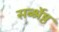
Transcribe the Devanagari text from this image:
सर्ब्श्रेष्ठ